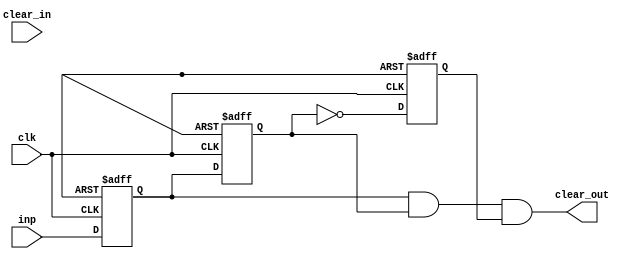
module clk_pulse(
    input inp,
    input clk,
    input clear_in,
    output clear_out
    );

    reg A,B,C;
    always@(posedge clk or posedge clr_in )  
    begin
    
        if (clr_in == 1)
            begin
                A <= 1'b0;
                B <= 1'b0;
                C <= 1'b0;
            end
        else
            begin    
                A <= inp;
                B <= A;
                C <= ~B;
            end
    
    end    
    assign clear_out =  A && B && C ;



endmodule